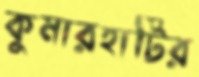
কুমারহাটির